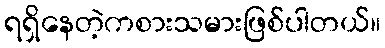
ရရှိနေတဲ့ကစားသမားဖြစ်ပါတယ်။